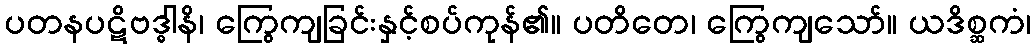
ပတနပဋိဗဒ္ဓါနိ၊ ကြွေကျခြင်းနှင့်စပ်ကုန်၏။ ပတိတေ၊ ကြွေကျသော်။ ယဒိစ္ဆကံ၊